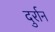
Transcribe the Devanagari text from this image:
दुर्रान